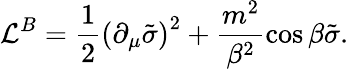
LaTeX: {\cal L}^{B}=\frac{1}{2}\left(\partial_{\mu}\tilde{\sigma}\right)^{2}+\frac{m^{2}}{\beta^{2}}\cos\beta\tilde{\sigma}.